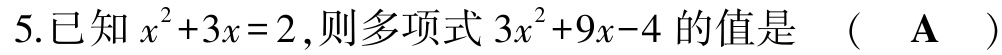
5.已知\(x^{2}+3x = 2\)，则多项式\(3x^{2}+9x - 4\)的值是 （  \(\mathbf{A}\)  ）